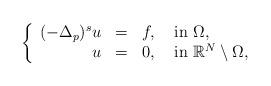
LaTeX: \begin{align*}\left\{\begin{array}{rccl}(-\Delta_p)^s u&=&f,& \mbox{ in }\Omega,\\u&=& 0,& \mbox{ in }\mathbb{R}^N\setminus \Omega,\end{array}\right.\end{align*}